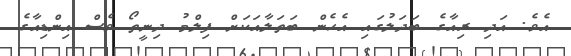
އެވެ. އަދި ރިއާގެ ބަދަލުގައި އެހެން ބަތަލާއަކަށް ފިލްމު ދިނީތޯ ވެސް އިންޑިއާގެ